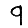
Digit: 9